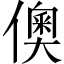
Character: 𬿪